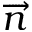
\overrightarrow { n }